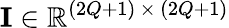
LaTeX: \mathbf{I}\in\mathbb{R}^{(2Q+1)\, \times\, (2Q+1)}